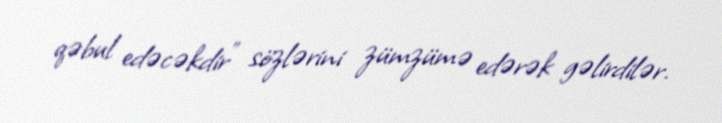
qəbul edəcəkdir" sözlərini zümzümə edərək gəlirdilər.